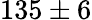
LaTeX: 135\pm 6